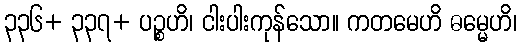
၃၃၆+ ၃၃၇+ ပဉ္စဟိ၊ ငါးပါးကုန်သော။ ကတမေဟိ ဓမ္မေဟိ၊